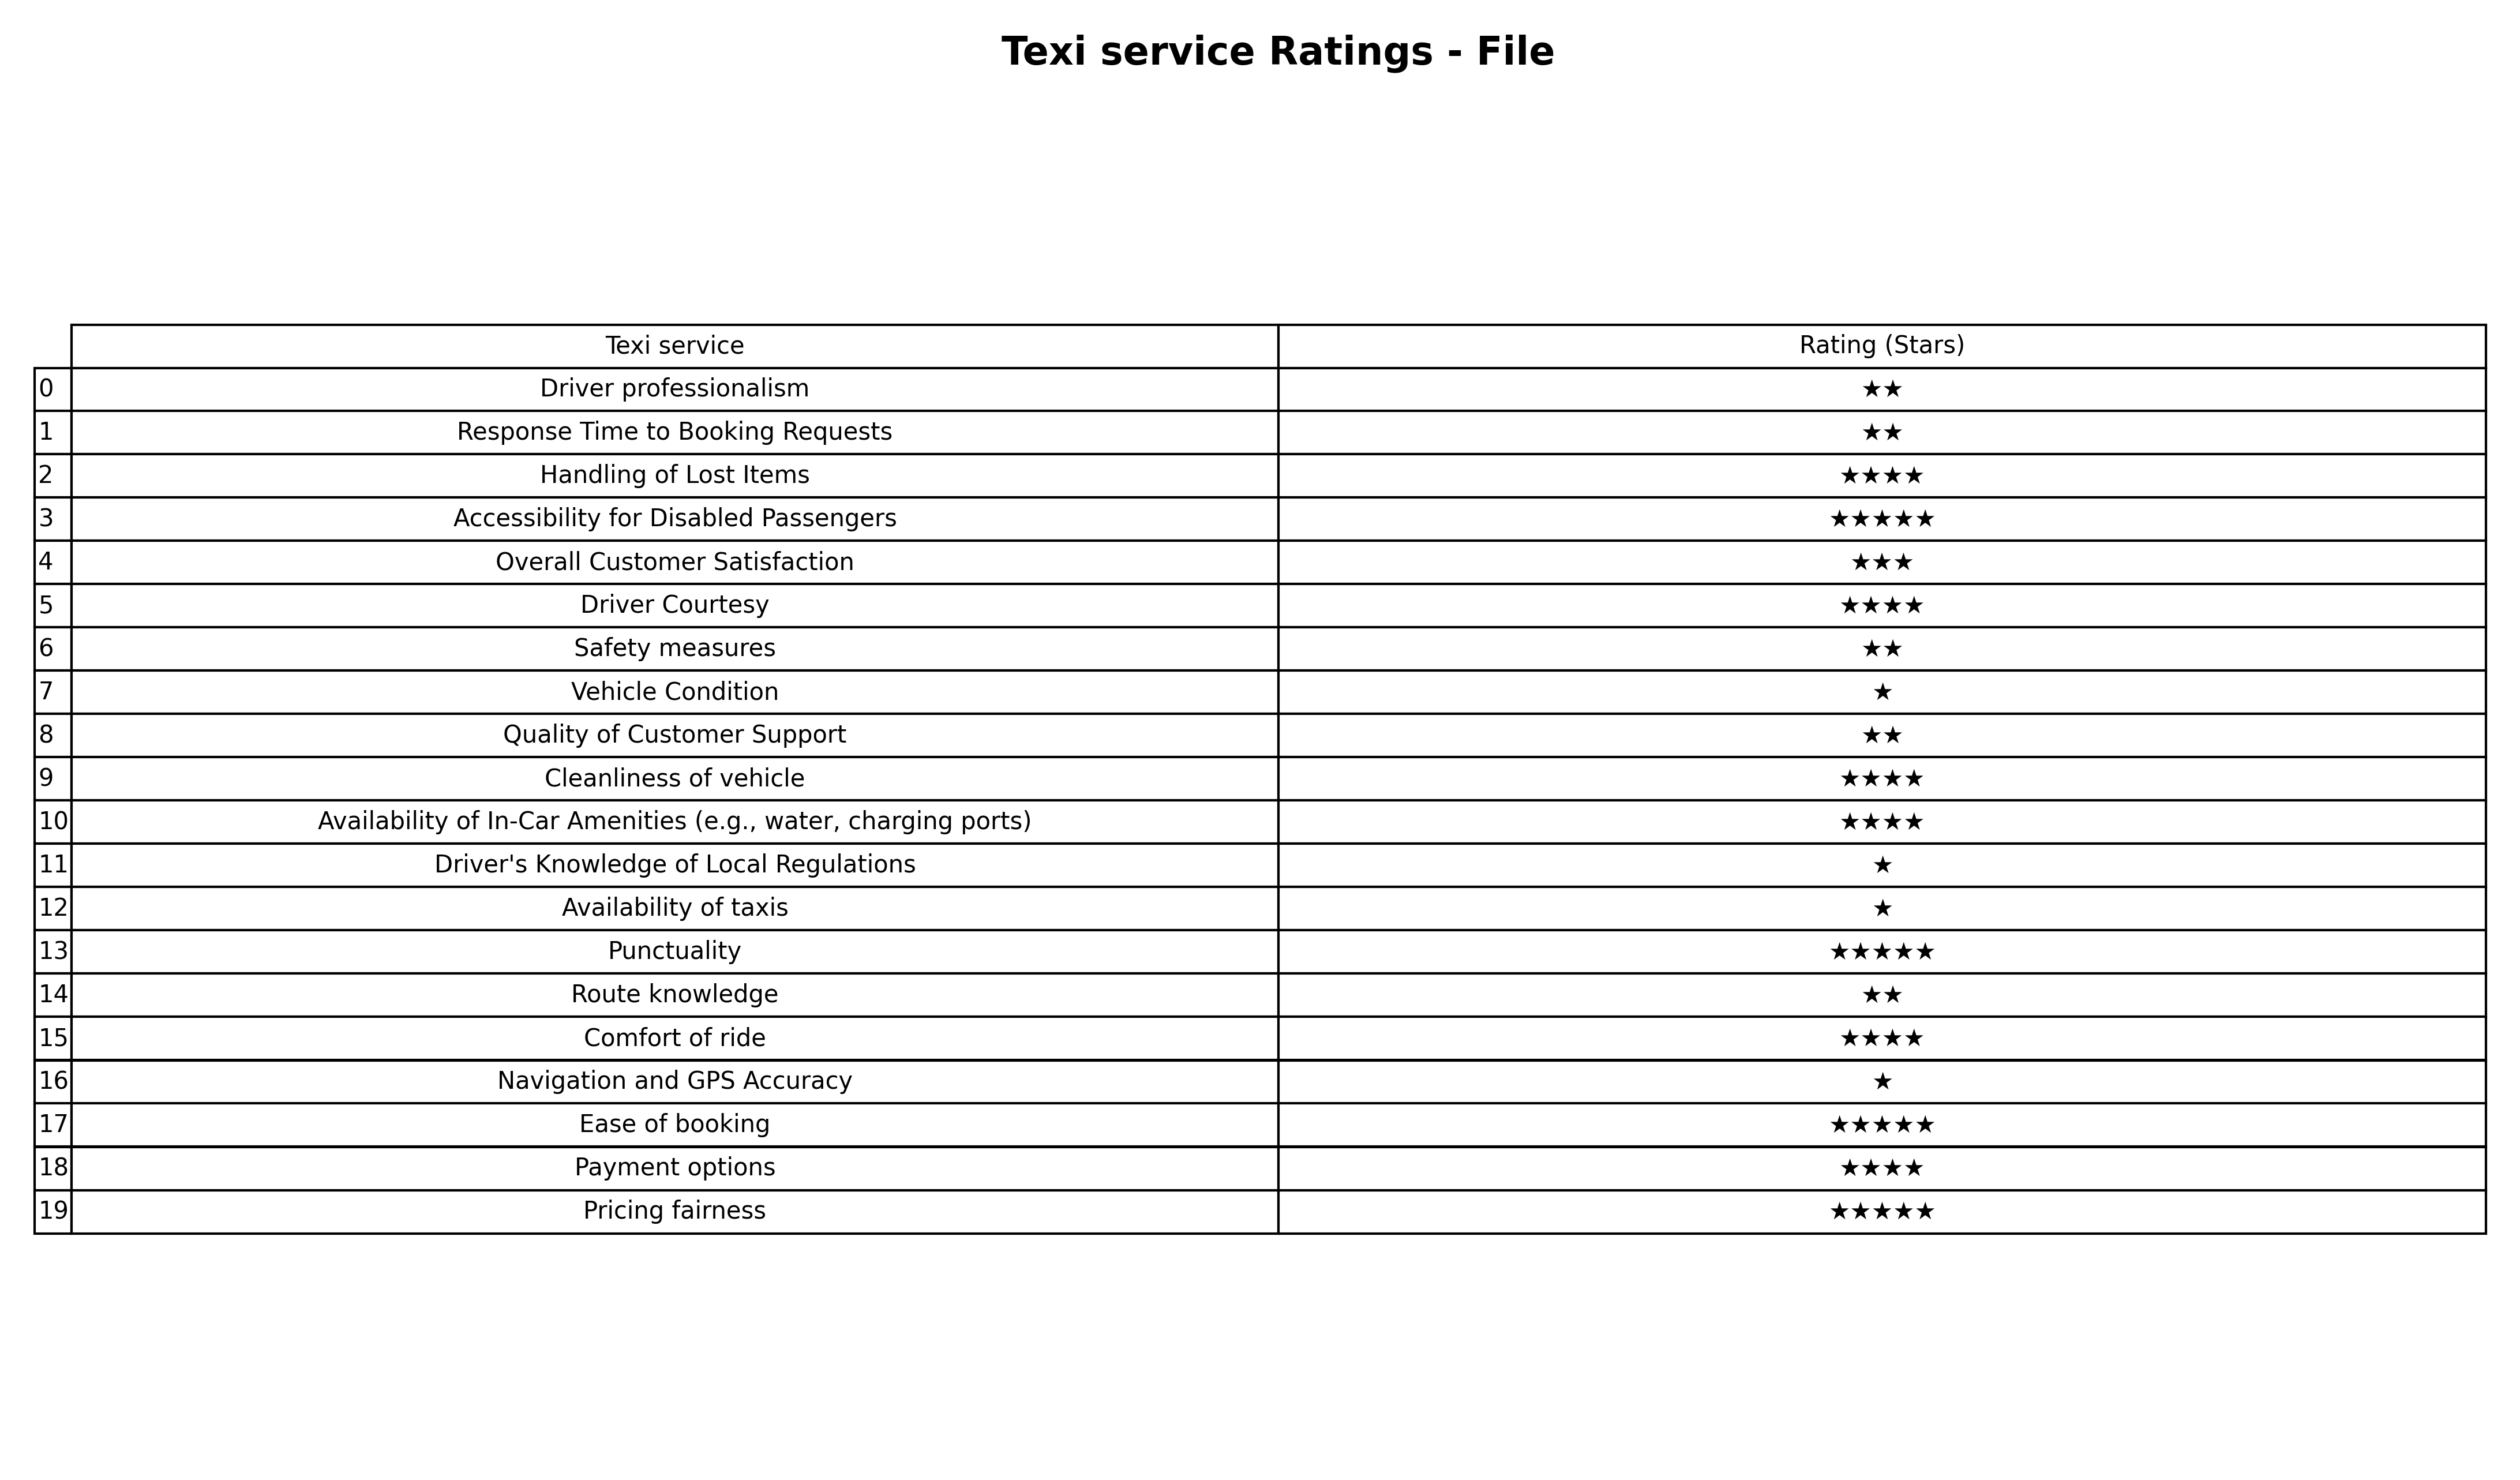
question: What are five star services?
answer: Accessibility for Disabled PassengersPunctualityEase of bookingPricing fairness